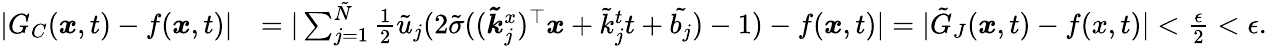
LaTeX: \begin{array}{rl}{|G_{C}(\boldsymbol{x},t)-f(\boldsymbol{x},t)|}&{=|\sum_{j=1}^{\tilde{N}}\frac{1}{2}\tilde{u}_{j}(2\tilde{\sigma}((\boldsymbol{\tilde{k}}_{j}^{x})^{\top}\boldsymbol{x}+\tilde{k}_{j}^{t}t+\tilde{b_{j}})-1)-f(\boldsymbol{x},t)|=|\tilde{G}_{J}(\boldsymbol{x},t)-f(x,t)|<\frac{\epsilon}{2}<\epsilon.}\end{array}